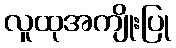
လူထုအကျိုးပြု